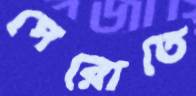
পেরোতে